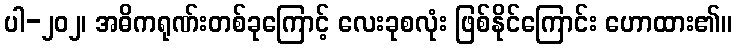
ပါ-၂၀၂၊ အဓိကရုဏ်းတစ်ခုကြောင့် လေးခုစလုံး ဖြစ်နိုင်ကြောင်း ဟောထား၏။